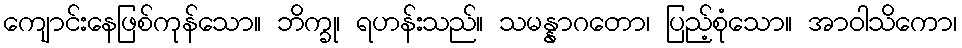
ကျောင်းနေဖြစ်ကုန်သော။ ဘိက္ခု၊ ရဟန်းသည်။ သမန္နာဂတော၊ ပြည့်စုံသော။ အာဝါသိကော၊